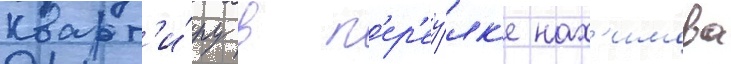
кварт'и́ру в п'ер'еу́лк'е нах'имова